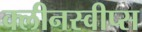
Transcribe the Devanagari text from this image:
क्लीनस्वीप्स